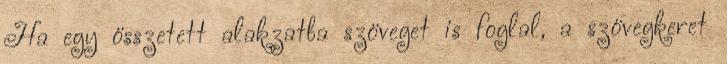
Ha egy összetett alakzatba szöveget is foglal, a szövegkeret